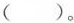
( )。